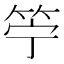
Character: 䇡